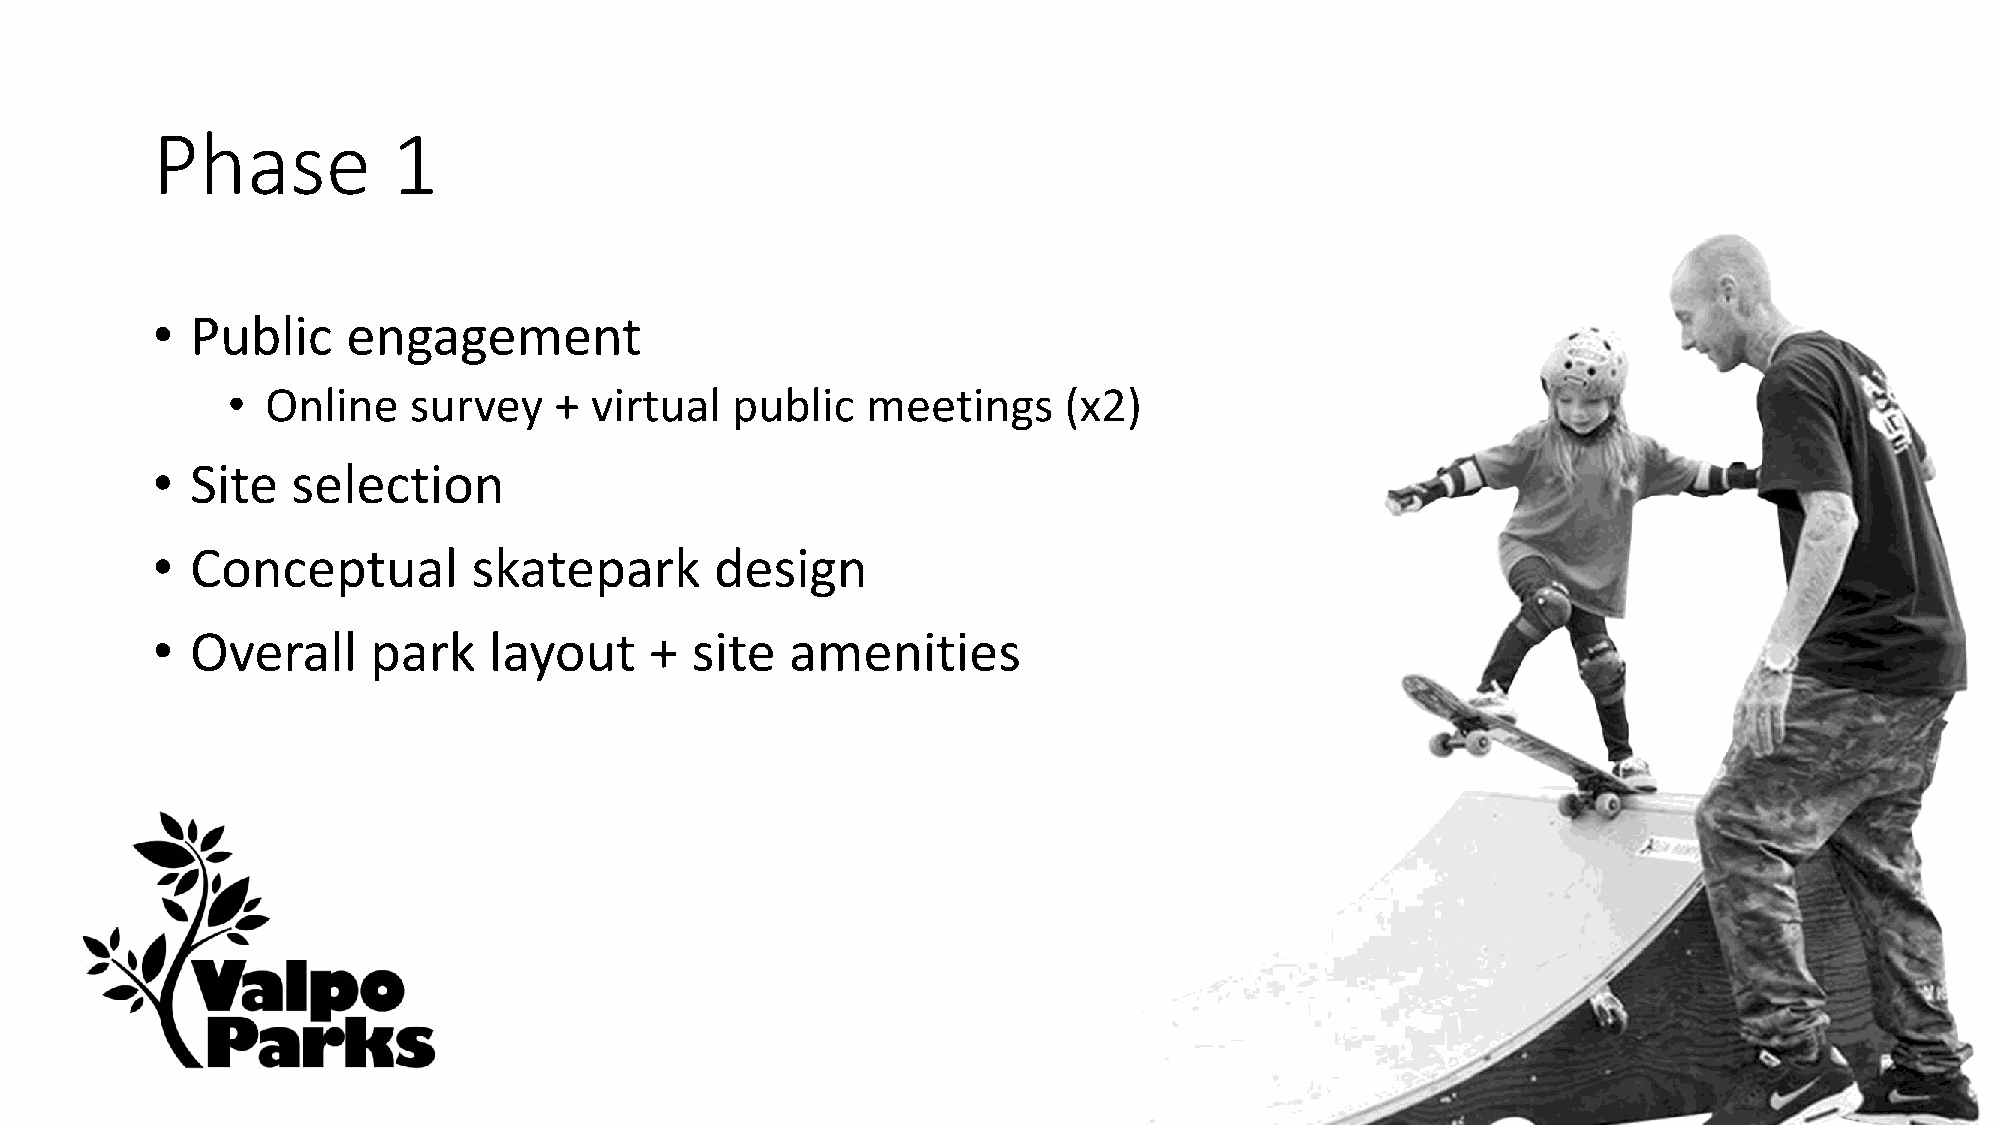
Phase           1
 •  Public    engagement
 •  Online   survey    + virtual  public   meetings     (x2)
 •  Site  selection
 •  Conceptual        skatepark       design
 •  Overall    park    layout     +  site  amenities